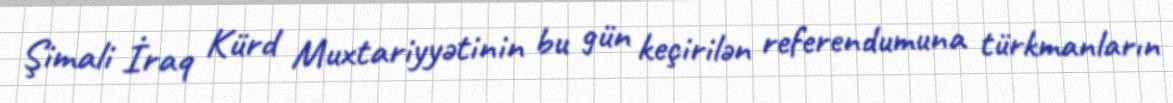
Şimali İraq Kürd Muxtariyyətinin bu gün keçirilən referendumuna türkmanların